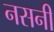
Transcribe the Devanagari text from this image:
नसनी